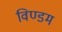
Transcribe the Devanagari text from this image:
विण्डम